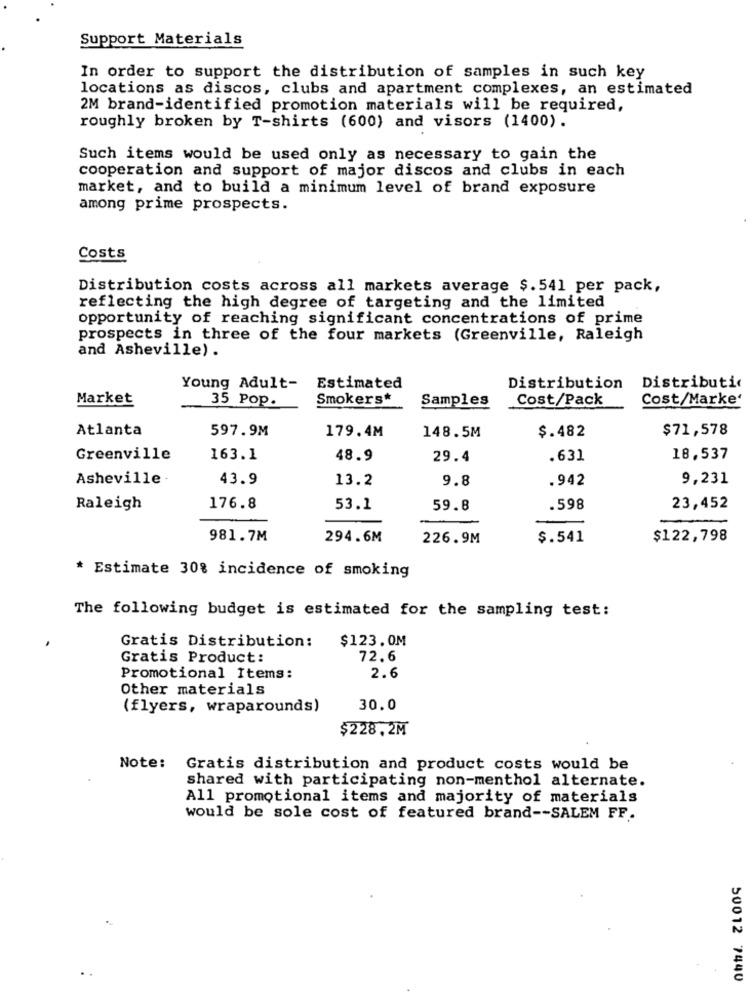
Support Materials
In order to support the distribution of samples in such key
locations as discos, clubs and apartment complexes, an estimated
2M brand-identified promotion materials will be required,
roughly broken by T-shirts (600) and visors (1400).
Such items would be used only as necessary to gain the
cooperation and support of major discos and clubs in each
market, and to build a minimum level of brand exposure
among prime prospects.
Costs
Distribution costs across all markets average $.541 per pack,
reflecting the high degree of targeting and the limited
opportunity of reaching significant concentrations of prime
prospects in three of the four markets (Greenville, Raleigh
and Asheville) .
Young Adult-
Estimated
Distribution
Distributi
Market
35 Pop.
Smokers*
Samples
Cost/Pack
Cost/Marke'
Atlanta
597.9M
$71,578
179.4M
148.5M
$.482
Greenville
163.1
48.9
29.4
.631
18,537
Asheville .
43.9
13.2
9.8
.942
9,231
Raleigh
176.8
53.1
59.8
.598
23,452
981.7M
294.6M
226.9M
$.541
$122,798
* Estimate 30% incidence of smoking
The following budget is estimated for the sampling test:
Gratis Distribution:
$123.0M
Gratis Product:
72.6
Promotional Items:
2.6
Other materials
(flyers, wraparounds)
30.0
$228.2M
Note: Gratis distribution and product costs would be
shared with participating non-menthol alternate.
All promotional items and majority of materials
would be sole cost of featured brand -- SALEM FF.
50012 7440